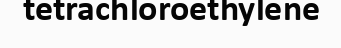
tetrachloroethylene